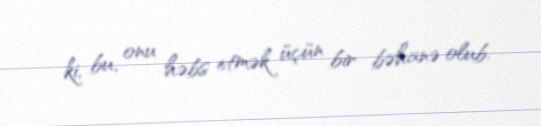
ki, bu, onu həbs etmək üçün bir bəhanə olub.